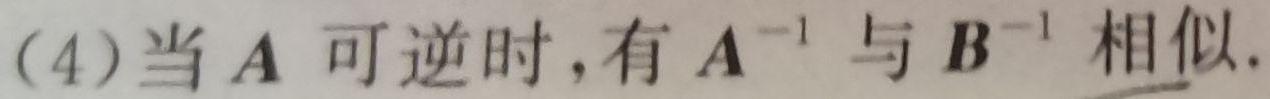
(4)当$A$可逆时,有$A^{-1}$与$B^{-1}$相似.